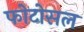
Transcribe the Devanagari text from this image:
फोटोसल